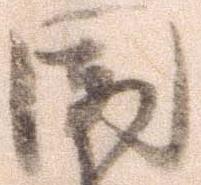
国